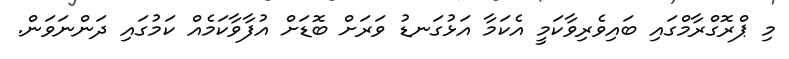
މި ޕްރޮގްރާމްގައި ބައިވެރިވާކަމީ އެކަމާ އަޅުގަނޑު ވަރަށް ބޮޑަށް އުފާވާކަމެއް ކަމުގައި ދަންނަވަން.